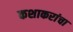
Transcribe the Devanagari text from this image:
कशाकरांचा